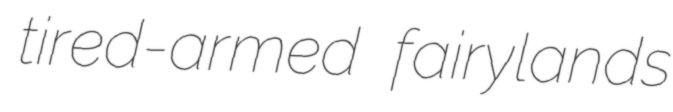
tired-armed fairylands